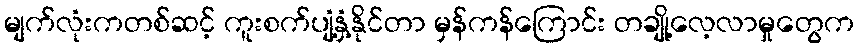
မျက်လုံးကတစ်ဆင့် ကူးစက်ပျံ့နှံ့နိုင်တာ မှန်ကန်ကြောင်း တချို့လေ့လာမှုတွေက